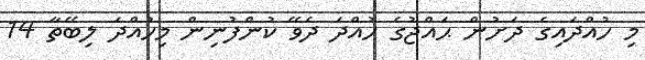
މި ހުއްދައިގެ ދަށުން ޙައްޖުގެ ހުއްދަ ދެވޭ ކުންފުނިން މިހުއްދަ ލިބޭތާ 14